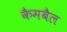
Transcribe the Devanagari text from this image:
कैमबैल